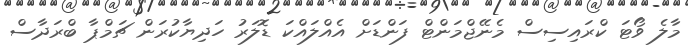
މާލެ ވޯޓަ ކްރައިސިސް މެނޭޖްމަންޓް ފަންޑަށް އެއްލައްކަ ޑޮލަރު ހަދިޔާކުރަން ޗަމްޕާ ބްރަދާސް